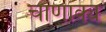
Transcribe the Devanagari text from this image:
चाणाक्य